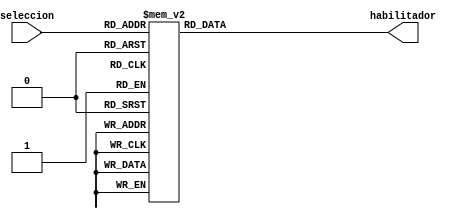
module decoder(
input[5:0] seleccion,
output reg [37:0] habilitador
);
initial habilitador=38'b0;

always@(seleccion)
begin
	habilitador[seleccion]=1'b1;
	case(seleccion)
		0:habilitador=38'b00000000000000000000000000000000000000;
		1:habilitador=38'b00000000000000000000000000000000000010;
		2:habilitador=38'b00000000000000000000000000000000000100;
		3:habilitador=38'b00000000000000000000000000000000001000;
		4:habilitador=38'b00000000000000000000000000000000010000;
		5:habilitador=38'b00000000000000000000000000000000100000;
		6:habilitador=38'b00000000000000000000000000000001000000;
		7:habilitador=38'b00000000000000000000000000000010000000;
		8:habilitador=38'b00000000000000000000000000000100000000;
		9:habilitador=38'b00000000000000000000000000001000000000;
		10:habilitador=38'b00000000000000000000000000010000000000;
		11:habilitador=38'b00000000000000000000000000100000000000;
		12:habilitador=38'b00000000000000000000000001000000000000;
		13:habilitador=38'b00000000000000000000000010000000000000;
		14:habilitador=38'b00000000000000000000000100000000000000;
		15:habilitador=38'b00000000000000000000001000000000000000;
		16:habilitador=38'b00000000000000000000010000000000000000;
		17:habilitador=38'b00000000000000000000100000000000000000;
		18:habilitador=38'b00000000000000000001000000000000000000;
		19:habilitador=38'b00000000000000000010000000000000000000;
		20:habilitador=38'b00000000000000000100000000000000000000;
		21:habilitador=38'b00000000000000001000000000000000000000;
		22:habilitador=38'b00000000000000010000000000000000000000;
		23:habilitador=38'b00000000000000100000000000000000000000;
		24:habilitador=38'b00000000000001000000000000000000000000;
		25:habilitador=38'b00000000000010000000000000000000000000;
		26:habilitador=38'b00000000000100000000000000000000000000;
		27:habilitador=38'b00000000001000000000000000000000000000;
		28:habilitador=38'b00000000010000000000000000000000000000;
		29:habilitador=38'b00000000100000000000000000000000000000;
		30:habilitador=38'b00000001000000000000000000000000000000;
		31:habilitador=38'b00000010000000000000000000000000000000;
		32:habilitador=38'b00000100000000000000000000000000000000;
		33:habilitador=38'b00001000000000000000000000000000000000;
		34:habilitador=38'b00010000000000000000000000000000000000;
		35:habilitador=38'b00100000000000000000000000000000000000;
		36:habilitador=38'b01000000000000000000000000000000000000;
		37:habilitador=38'b10000000000000000000000000000000000000;
		default:habilitador=38'b00000000000000000000000000000000000000;
	endcase
end
endmodule